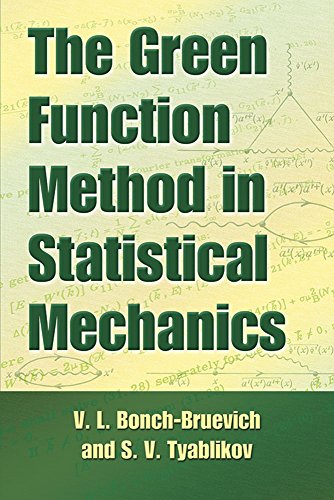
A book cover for The Green Function Method in Statistical Mechanics (Dover Books on Physics); V.L. Bonch-Bruevich; Science & Math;